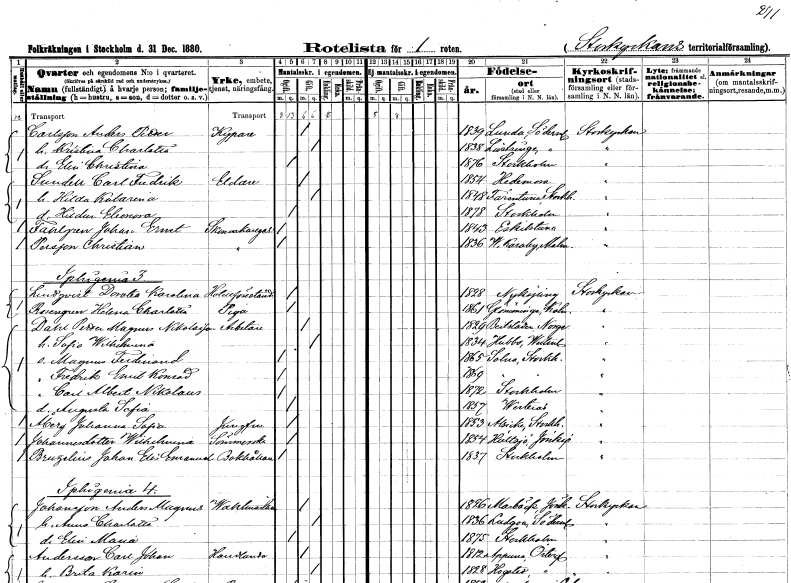
gt_parse: households: individuals: FN: Anders Petter
EN: Carlsson
YRKE: Kypare
KON: M
CIV: G
FODAR: 1839
FODFORS: Lunda Södermanlands län
FN: Kristina Charlotta
KON: K
CIV: G
FODAR: 1838
FODFORS: Lästringe Södermanlands län
FN: Elin Christina
KON: K
CIV: O
FODAR: 1876
FODFORS: Stockholm
FN: Carl Fredrik
EN: Sundell
YRKE: Eldare
KON: M
CIV: G
FODAR: 1854
FODFORS: Hedemora Kopparbergs län
FN: Hilda Katarina
KON: K
CIV: G
FODAR: 1848
FODFORS: Färentuna Stockholms län
FN: Hildur Eleonora
KON: K
CIV: O
FODAR: 1878
FODFORS: Stockholm
FN: Johan Ernst
EN: Fahlgren
YRKE: Skomakaregesäll
KON: M
CIV: O
FODAR: 1843
FODFORS: Eskilstuna Södermanlands län
FN: Christian
EN: Persson
YRKE: Skomakaregesäll
KON: M
CIV: O
FODAR: 1836
FODFORS: Västra Karaby Malmöhus län
FN: Dorotea Karolina
EN: Lindqvist
YRKE: Hotellföreståndarinna
KON: K
CIV: O
FODAR: 1828
FODFORS: Nyköping Södermanlands län
FN: Helena Charlotta
EN: Rosengren
YRKE: Piga
KON: K
CIV: O
FODAR: 1861
FODFORS: Glömminge Kalmar län
FN: Petter Magnus
EN: Dahl Nikolauson
YRKE: Arbetare
KON: M
CIV: G
FODAR: 1829
FN: Sofia Wilhelmina
KON: K
CIV: G
FODAR: 1834
FODFORS: Hubbo Västmanlands län
FN: Magnus Ferdinand
KON: M
CIV: O
FODAR: 1865
FODFORS: Solna Stockholms län
FN: Fredrik Emil Konrad
KON: M
CIV: O
FODAR: 1869
FODFORS: Solna Stockholms län
FN: Carl Albert Nikolaus
KON: M
CIV: O
FODAR: 1872
FODFORS: Stockholm
FN: Augusta Sofia
KON: K
CIV: O
FODAR: 1857
FODFORS: Västervik Kalmar län
FN: Johanna Sofia
EN: Åberg
YRKE: Jungfru
KON: K
CIV: O
FODAR: 1853
FODFORS: Alsike Uppsala län
FN: Wilhelmina
EN: Johannesdotter
YRKE: Sömmerska
KON: K
CIV: O
FODAR: 1854
FODFORS: Hultsjö Jönköpings län
FN: Johan Elis Emanuel
EN: Bruzelius
YRKE: Bokhållare
KON: M
CIV: O
FODAR: 1837
FODFORS: Stockholm
FN: Anders Magnus
EN: Johansson
YRKE: Vaktmästare
KON: M
CIV: G
FODAR: 1826
FODFORS: Marbäck Jönköpings län
FN: Anna Charlotta
KON: K
CIV: G
FODAR: 1836
FODFORS: Ludgo Södermanlands län
FN: Elin Maria
KON: K
CIV: O
FODAR: 1875
FODFORS: Stockholm